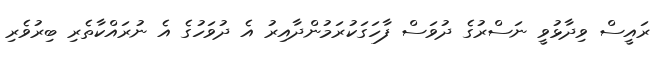
ރައީސް ވިދާޅުވީ ނަސްރުގެ ދުވަސް ފާހަގަކުރަމުންދާއިރު އެ ދުވަހުގެ އެ ނުރައްކާތެރި ބިރުވެރި